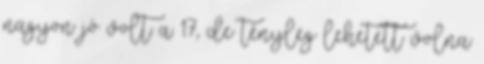
nagyon jó volt a 17, de tényleg lehetett volna